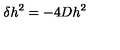
\delta h ^ { 2 } = - 4 D h ^ { 2 }